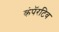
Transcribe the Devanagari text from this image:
कंपॅरटिव